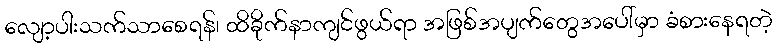
လျော့ပါးသက်သာစေရန်၊ ထိခိုက်နာကျင်ဖွယ်ရာ အဖြစ်အပျက်တွေအပေါ်မှာ ခံစားနေရတဲ့